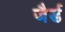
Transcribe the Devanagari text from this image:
जैर्ड